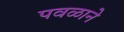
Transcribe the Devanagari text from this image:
पवळाने